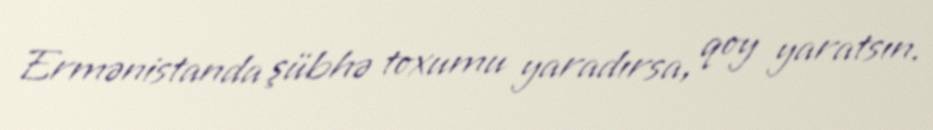
Ermənistanda şübhə toxumu yaradırsa, qoy yaratsın.